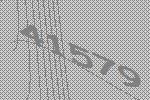
41579